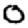
Digit: 0